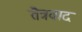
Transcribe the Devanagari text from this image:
तैत्रवाद